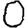
Digit: 0